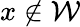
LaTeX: x\notin\mathcal{W}